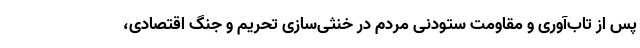
پس از تاب‌آوری و مقاومت ستودنی مردم در خنثی‌سازی تحریم و جنگ اقتصادی،